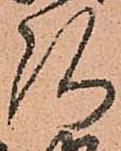
弘